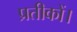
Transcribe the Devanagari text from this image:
प्रतीकों।